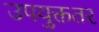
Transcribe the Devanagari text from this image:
उपयुक्ततर